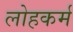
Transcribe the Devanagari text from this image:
लोहकर्म